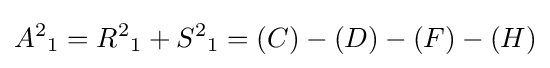
{A^{2}}_{1}={R^{2}}_{1}+{S^{2}}_{1}=(C)-(D)-(F)-(H)